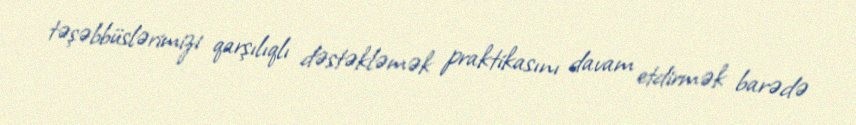
təşəbbüslərimizi qarşılıqlı dəstəkləmək praktikasını davam etdirmək barədə